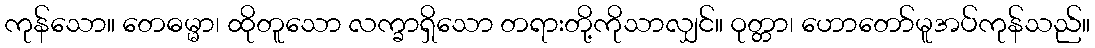
ကုန်သော။ တေဓမ္မာ၊ ထိုတူသော လက္ခာရှိသော တရားတို့ကိုသာလျှင်။ ဝုတ္တာ၊ ဟောတော်မူအပ်ကုန်သည်။